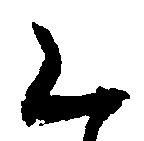
く